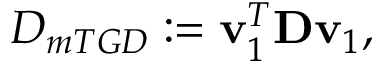
D _ { m T G D } : = \mathbf { v } _ { 1 } ^ { T } \mathbf { D } \mathbf { v } _ { 1 } ,